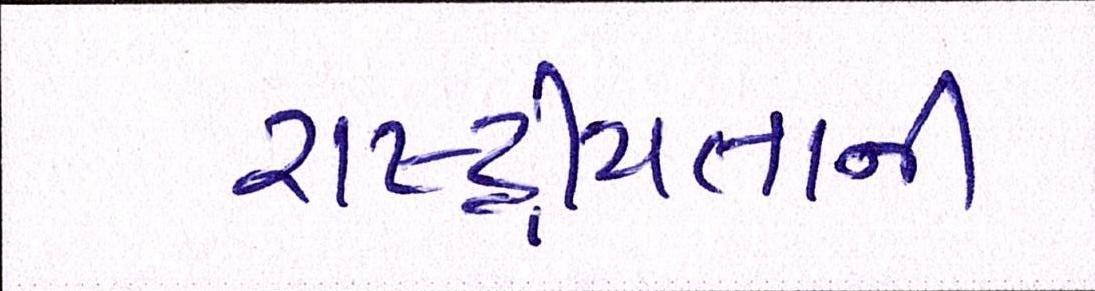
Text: રાષ્ટ્રીયતાની